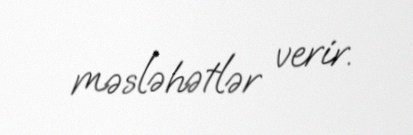
məsləhətlər verir.